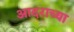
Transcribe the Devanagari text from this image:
आदराच्या